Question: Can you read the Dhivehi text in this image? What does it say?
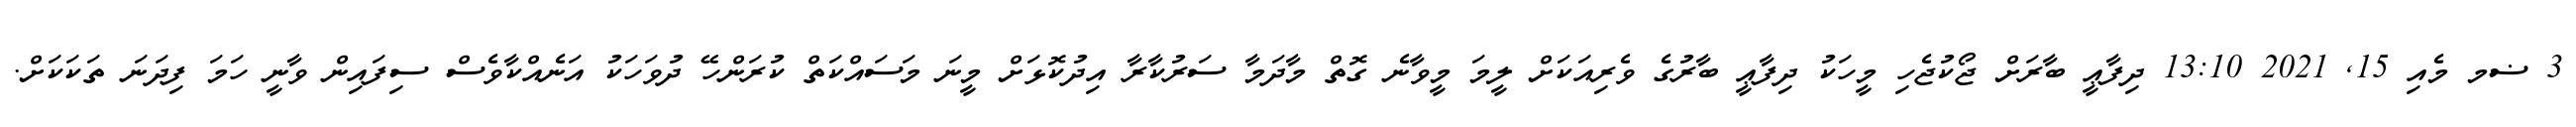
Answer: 3 ޟމ މެއި 15, 2021 13:10 ދިފާޢީ ބާރަށް ޖޯކުޖެހި މީހަކު ދިފާޢީ ބާރުގެ ވެރިއަކަށް ލީމަ މީވާނެ ގޮތް މާދަމާ ސަރުކާރާ އިދުކޮޅަށް މީނަ މަސައްކަތް ކުރަންހޭ ދުވަހަކު އަނެއްކާވެސް ސިފައިން ވާނީ ހަމަ ފިދަނަ ތަކަކަށް.